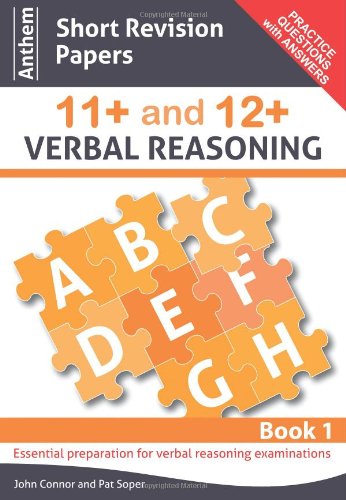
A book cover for Anthem Short Revision Papers 11+ and 12+ Verbal Reasoning Book 1 (Anthem Learning Verbal Reasoning); John Connor; Test Preparation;